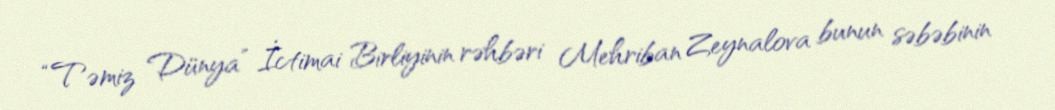
“Təmiz Dünya” İctimai Birliyinin rəhbəri Mehriban Zeynalova bunun səbəbinin